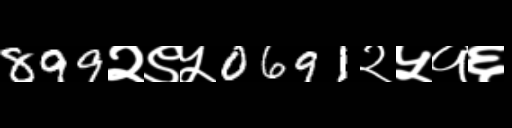
Text: 899२९५0691२५१६